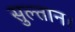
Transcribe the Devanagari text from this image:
सुल्तान।